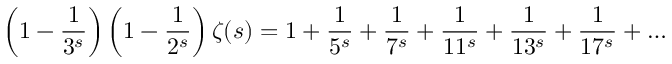
\left( 1 - { \frac { 1 } { 3 ^ { s } } } \right) \left( 1 - { \frac { 1 } { 2 ^ { s } } } \right) \zeta ( s ) = 1 + { \frac { 1 } { 5 ^ { s } } } + { \frac { 1 } { 7 ^ { s } } } + { \frac { 1 } { 1 1 ^ { s } } } + { \frac { 1 } { 1 3 ^ { s } } } + { \frac { 1 } { 1 7 ^ { s } } } + \ldots